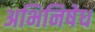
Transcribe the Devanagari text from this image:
अभिनिषेध